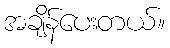
အချိန်ပေးတယ်။